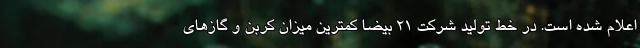
اعلام شده است. در خط تولید شرکت 21 بیضا کمترین میزان کربن و گازهای